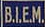
B.I.E.M.